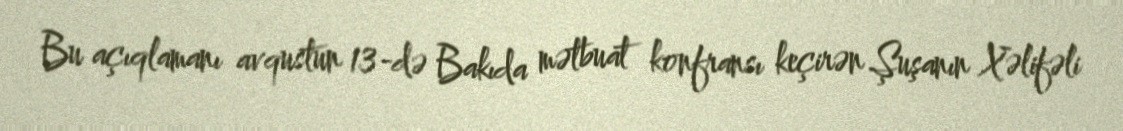
Bu açıqlamanı avqustun 13-də Bakıda mətbuat konfransı keçirən Şuşanın Xəlifəli